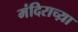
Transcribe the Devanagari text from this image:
मंदिराच्य़ा